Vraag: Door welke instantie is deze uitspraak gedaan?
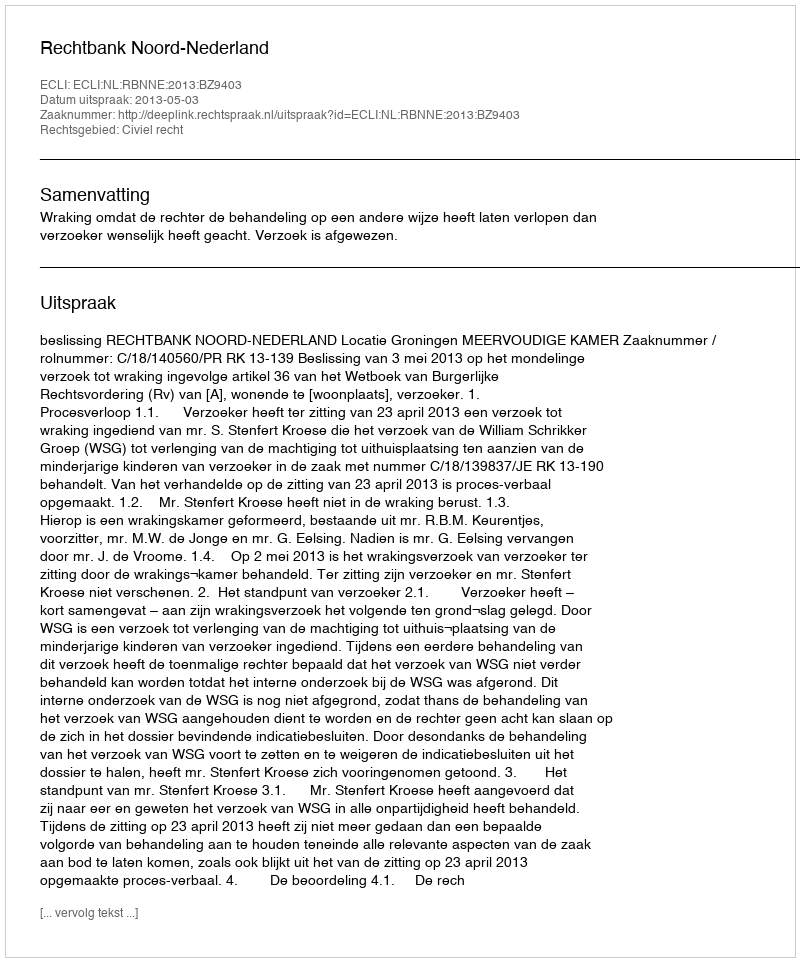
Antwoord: Rechtbank Noord-Nederland